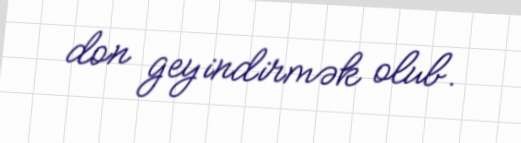
don geyindirmək olub.